Vaccine operations Central Provinces 1900-1911 - 1900-1911
Year: 1900
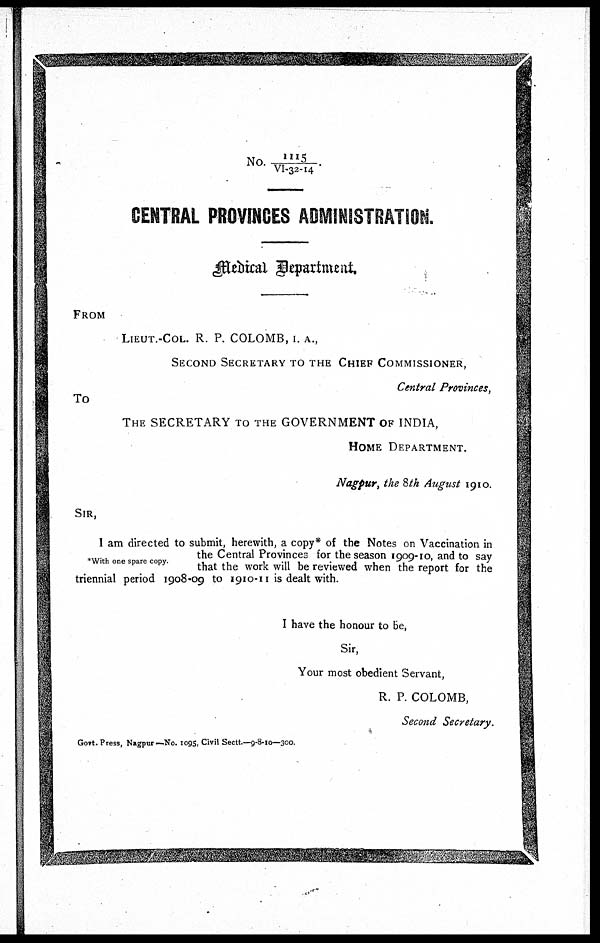
No. 1115/VI-32-14.
CENTRAL PROVINCES ADMINISTRATION.
Medical Department.
FROM
LIEUT.-COL. R. P. COLOMB, I. A.,
SECOND SECRETARY TO THE CHIEF COMMISSIONER,
Central Provinces,
To
THE SECRETARY TO THE GOVERNMENT OF INDIA,
HOME DEPARTMENT.
Nagpur, the 8th August 1910.
SIR,
*With one spare copy.
I am directed to submit, herewith, a copy* of the Notes on Vaccination in
the Central Provinces for the season 1909-10, and to say
that the work will be reviewed when the report for the
triennial period 1908-09 to 1910-11 is dealt with.
I have the honour to be,
Sir,
Your most obedient Servant,
R. P. COLOMB,
Second Secretary.
Govt. Press, Nagpur—No. 1095. Civil Sectt.—9-8-10—300.